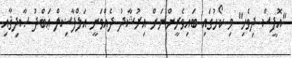
"އޮފީސް ދިވެހި" މި ކޯހުގައި ބައިވެރީންނަށް އިރުޝާދު ދެއްވަނީ އަލްފާޟިލް ޢަބްދު ޞާދިޤާއި